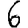
Digit: 6